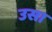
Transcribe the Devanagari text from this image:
उसा